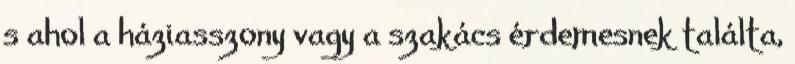
s ahol a háziasszony vagy a szakács érdemesnek találta,